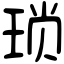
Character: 琐